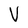
Character: V